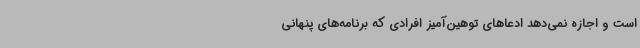
است و اجازه نمی‌دهد ادعاهای توهین‌آمیز افرادی که برنامه‌های پنهانی